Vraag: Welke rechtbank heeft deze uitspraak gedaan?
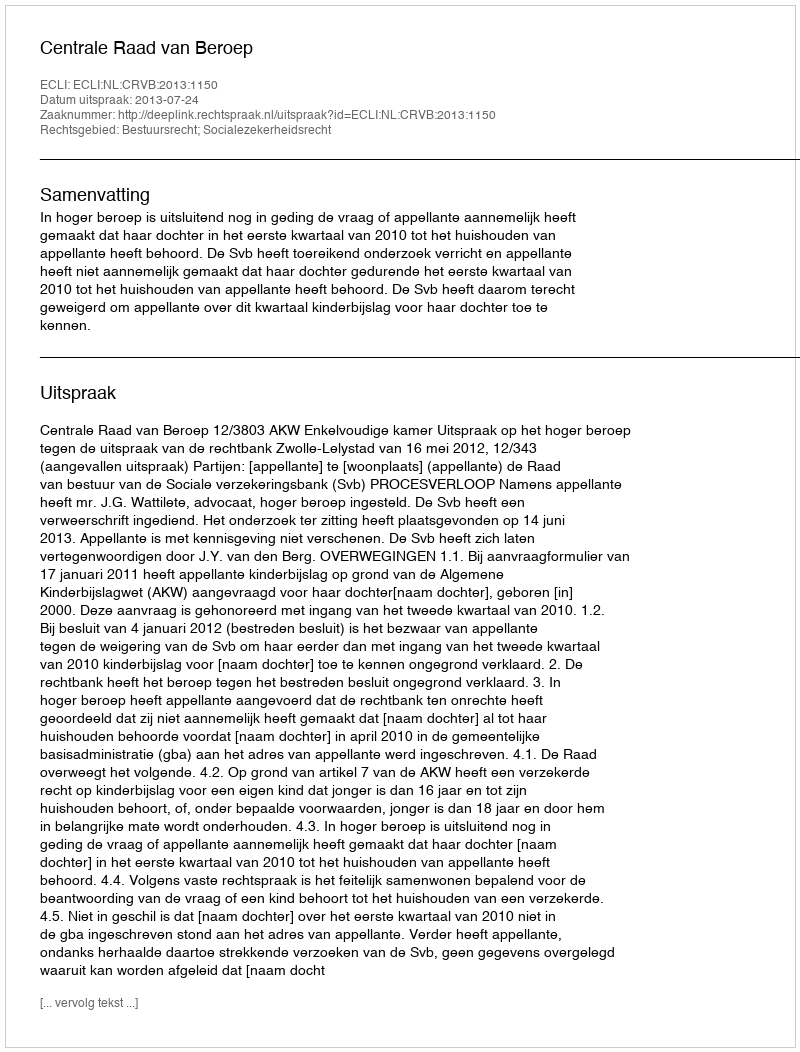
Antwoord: Centrale Raad van Beroep